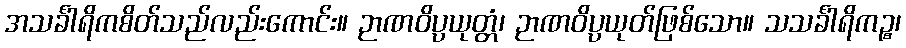
အသင်္ခါရိကစိတ်သည်လည်းကောင်း။ ဉာဏဝိပ္ပယုတ္တံ၊ ဉာဏဝိပ္ပယုတ်ဖြစ်သော။ သသင်္ခါရိကဉ္စ၊